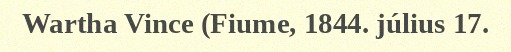
Wartha Vince (Fiume, 1844. július 17.